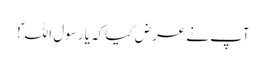
آپ نے عرض کیا کہ یا رسول اللہؐ!